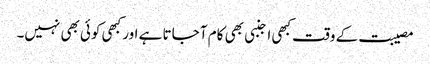
مصیبت کے وقت کبھی اجنبی بھی کام آ جاتا ہے اور کبھی کوئی بھی نہیں۔